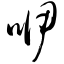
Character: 咿